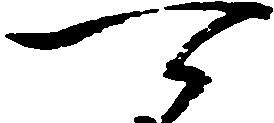
可